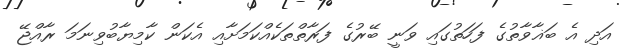
އަދި އެ ބަޣާވާތުގެ ފަހަތުގައި ވަނީ ބޭރުގެ ފަރާތްތަކެއްކަމަށާއި އެކަން ކާމިޔާބުވިނަމަ ރާއްޖޭ